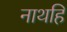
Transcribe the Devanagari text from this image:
नाथहि